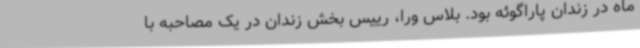
ماه در زندان پاراگوئه بود. بلاس ورا، رییس بخش زندان در یک مصاحبه با